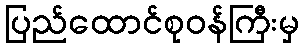
ပြည်ထောင်စုဝန်ကြီးမှ